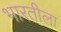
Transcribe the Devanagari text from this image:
भारतीला